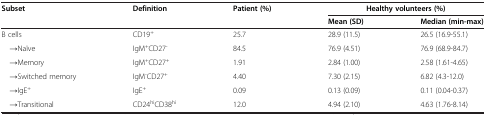
<table><thead><tr><td><b>Subset</b></td><td><b>Definition</b></td><td><b>Patient (%)</b></td><td><b>Healthy volunteers (%)</b></td><td><b> </b></td></tr><tr><td><b> </b></td><td><b> </b></td><td><b> </b></td><td><b>Mean (SD)</b></td><td><b>Median (min-max)</b></td></tr></thead><tbody><tr><td>B cells</td><td>CD19<sup>+</sup></td><td>25.7</td><td>28.9 (11.5)</td><td>26.5 (16.9-55.1)</td></tr><tr><td> →Naïve</td><td>IgM<sup>+</sup>CD27<sup>-</sup></td><td>84.5</td><td>76.9 (4.51)</td><td>76.9 (68.9-84.7)</td></tr><tr><td> →Memory</td><td>IgM<sup>+</sup>CD27<sup>+</sup></td><td>1.91</td><td>2.84 (1.00)</td><td>2.58 (1.61-4.65)</td></tr><tr><td> →Switched memory</td><td>IgM<sup>-</sup>CD27<sup>+</sup></td><td>4.40</td><td>7.30 (2.15)</td><td>6.82 (4.3-12.0)</td></tr><tr><td> →IgE<sup>+</sup></td><td>IgE<sup>+</sup></td><td>0.09</td><td>0.13 (0.09)</td><td>0.11 (0.04-0.37)</td></tr><tr><td> →Transitional</td><td>CD24<sup>hi</sup>CD38<sup>hi</sup></td><td>12.0</td><td>4.94 (2.10)</td><td>4.63 (1.76-8.14)</td></tr></tbody></table>